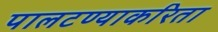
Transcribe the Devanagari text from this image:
पालटण्याकरिता